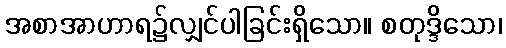
အစာအာဟာရ၌လျှင်ပါခြင်းရှိသော။ စတုဒ္ဒိသော၊